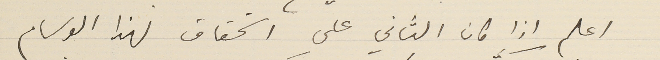
اعلم اذا كان الثاني على استحقاق لهذا الوسام